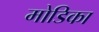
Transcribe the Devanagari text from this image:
मोडिका